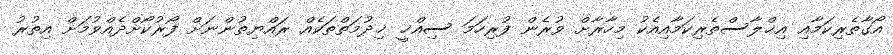
އޯގާތެރިކަމާއި އިޚްލާސްތެރިކަމާއިއެކު މިހާރާށް ވުރެން ފުރިހަމަ ސިއްޚީ ޚިދުމަތްތަކެއް ރައްޔިތުންނަށް ފޯރުކޯށްދެއްވުމަށް އިތުރު